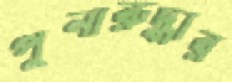
পুনারুদ্ধার